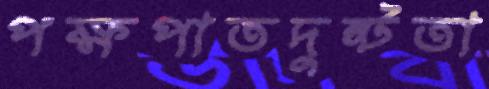
পক্ষপাতদুষ্টতা